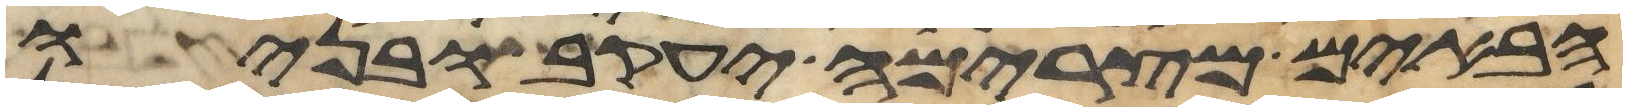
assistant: הבאים מצרימה יעקב ובניו